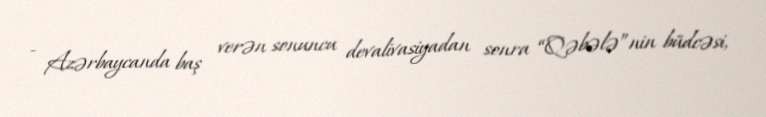
- Azərbaycanda baş verən sonuncu devalivasiyadan sonra “Qəbələ”nin büdcəsi,